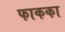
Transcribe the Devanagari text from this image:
फाकका